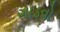
ગાડવો